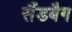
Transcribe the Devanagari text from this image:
सैंडबैग